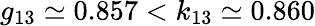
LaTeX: g_{13}\simeq 0.857<k_{13}\simeq 0.860